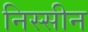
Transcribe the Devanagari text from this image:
निस्सीन